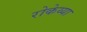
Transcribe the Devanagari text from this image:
रोकेय्या